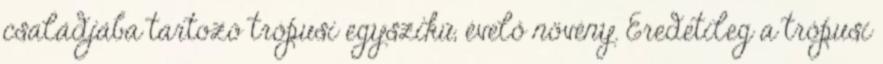
családjába tartozó trópusi egyszikű, évelő növény. Eredetileg a trópusi